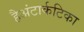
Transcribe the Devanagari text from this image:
हैअंटार्कटिका